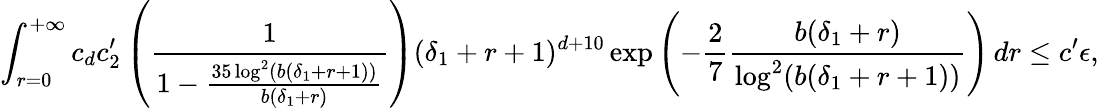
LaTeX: \int_{r=0}^{+\infty}c_{d}c_{2}^{\prime}\left(\frac{1}{1-\frac{35\log^{2}(b(\delta_{1}+r+1))}{b(\delta_{1}+r)}}\right)(\delta_{1}+r+1)^{d+10}\exp\left(-\frac{2}{7}\frac{b(\delta_{1}+r)}{\log^{2}(b(\delta_{1}+r+1))}\right)\, dr\leq c^{\prime}\epsilon,